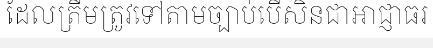
ដែលត្រឹមត្រូវទៅតាមច្បាប់បើសិនជាអាជ្ញាធរ